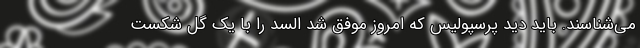
می‌شناسند. باید دید پرسپولیس که امروز موفق شد السد را با یک گل شکست